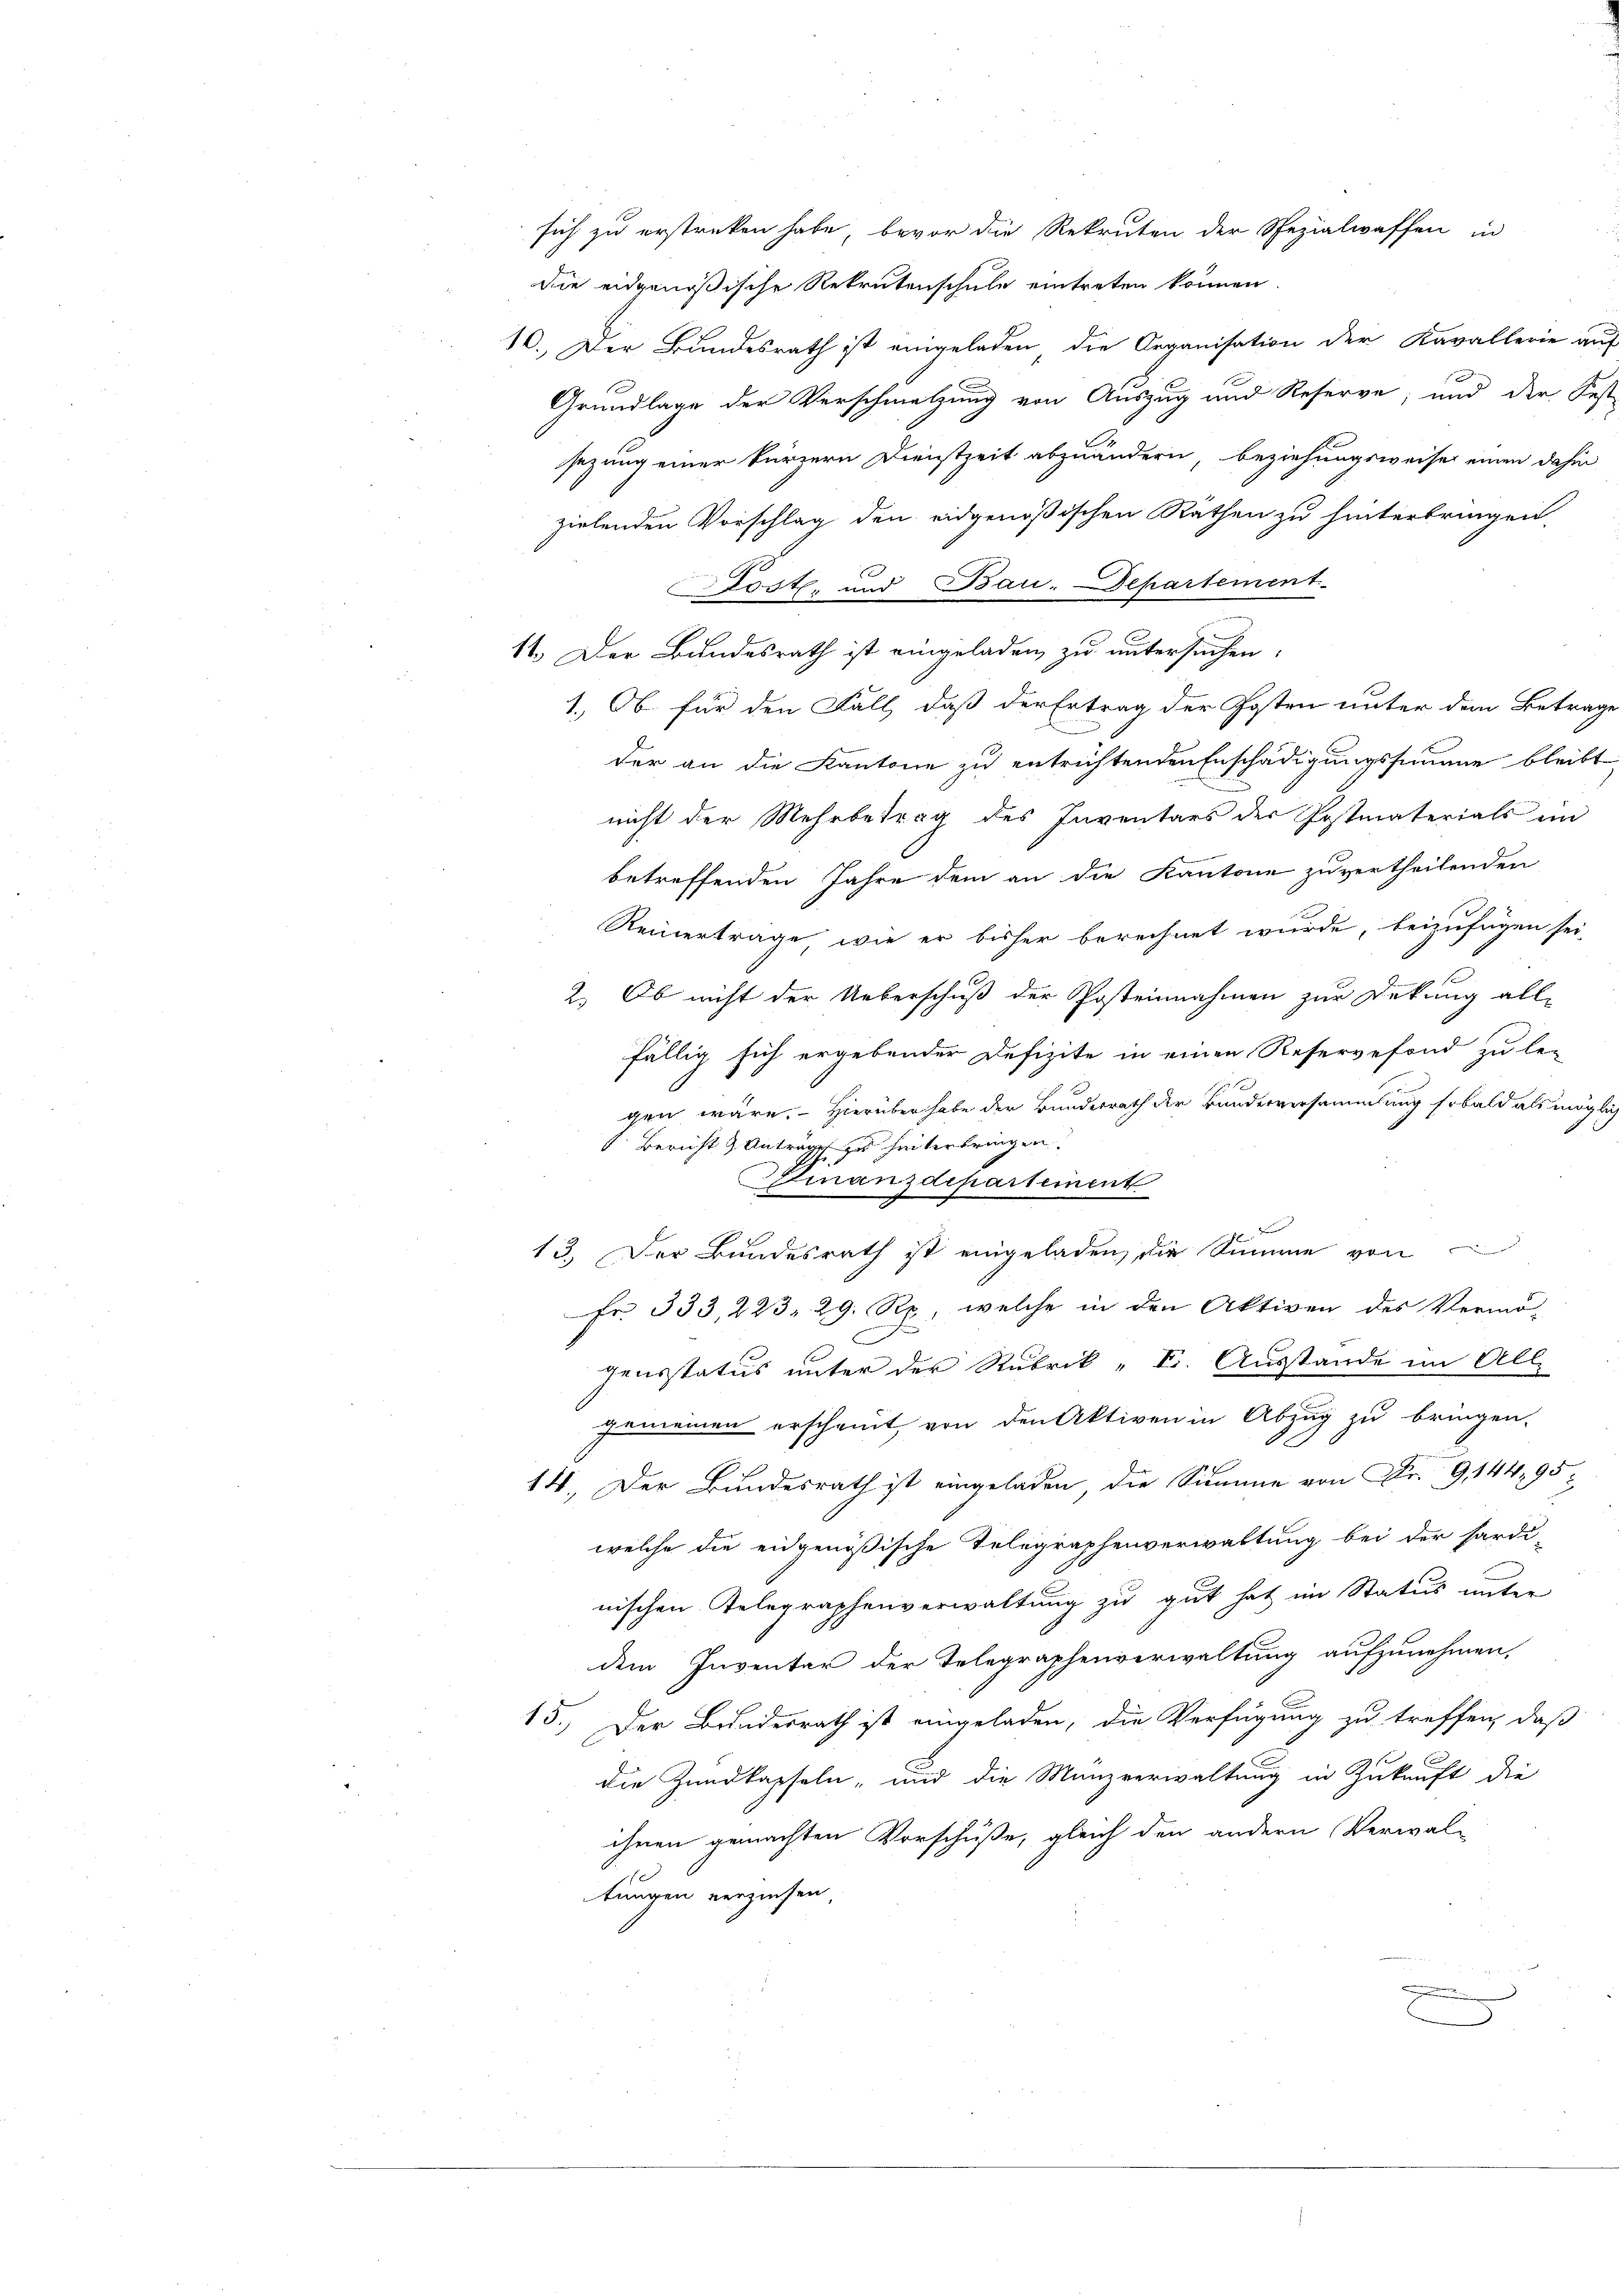
sich zu erstreken habe, bevor die Rekruten der Spezialwaffen in
die eidgenößische Rekrutenschule eintreten können
10. Der Bundesrath ist eingeladen die Organisation der Kavallerie auf
Grundlage der Verschmelzung von Auszug und Reserve, und der Fest
sezung einer kürzern Dienstzeit abzuändern, beziehungsweise einen dahin
zielenden Vorschlag den eidgenößischen Räthen zu hinterbringen,
Ctost, und Bau-Departement
11. Der Bundesrath ist eingeladen, zu untersuchen.
1.) Ob für den Fall, daß der Ertrag der Posten unter dem Betrage
der an die Kantone zu entrichtenden Erschädigungssumme bleibt
nicht der Mehrbetrag des Inventars der Postmaterials ein
betreffenden Jahre dem an die Kantone zu vertheilenden
Reinerträge, wie er bisher berechnet wurde, beizufügen sei,
2. Ob nicht der Ueberschuß der Posteinahmen zur Dekung all-
fällig sich ergebender Defizite in einen Reservefond zu le-
x
gen wäre. Hierüber habe der Bundesrath der Bundesversammlung sobald als möglich
Bericht & Anträge zu hinterbringen.
Geinanzdepartement

13. Der Bundesrath ist eingeladen, die Summe von
Fr. 333, 223, 29. Rp., welche in den Aktiven des Vermö-
C
gensstatus unter der Rubrik „F. Ausstande im All-
gemeinen erscheint, von den Aktiven in Abzug zu bringen.
14. Der Bundesrath ist eingeladen, die Summe von Fr. 9, 144, 95:
welche die eidgenößische Telegraphenverwaltung bei der hardi-
nischen Telegraphenverwaltung zu gut hat im Status unter
dem Inventar der Telegraphenverwaltung aufzunehmen,
15.) Der Bundesrath ist eingeladen, die Verfügung zu treffen, daß
die Zundkapseln, und die Münzverwaltung in Zukunft die
ihnen gemachten Vorschuße, gleich den andern Verwal-
tungen verziehen